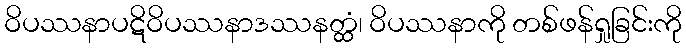
ဝိပဿနာပဋိဝိပဿနာဒဿနတ္ထံ၊ ဝိပဿနာကို တစ်ဖန်ရှုခြင်းကို